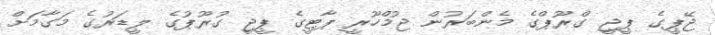
ޖޭޕީގެ ޕީޖީ ގްރޫޕްގެ މެންބަރުން ޖުމްހޫރީ ޕާޓީގެ ޕީޖީ ގުރޫޕުގެ ލީޑަރުގެ މަގާމަށް